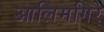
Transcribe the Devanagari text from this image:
आलिमगिरे